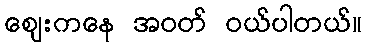
ဈေးကနေ အဝတ် ဝယ်ပါတယ်။